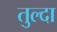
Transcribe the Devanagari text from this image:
तुल्दा